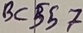
Text: BC557